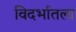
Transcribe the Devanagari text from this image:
विदर्भातला